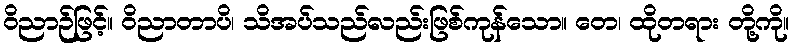
ဝိညာဉ်ဖြင့်။ ဝိညာတာပိ၊ သိအပ်သည်လည်းဖြစ်ကုန်သော။ တေ၊ ထိုတရား တို့ကို။